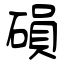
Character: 磒